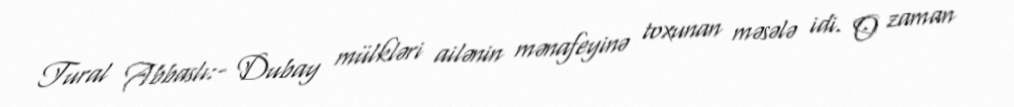
Tural Abbaslı:- Dubay mülkləri ailənin mənafeyinə toxunan məsələ idi. O zaman